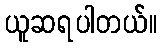
ယူဆရပါတယ်။